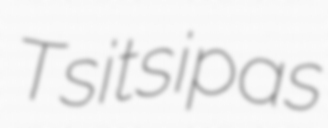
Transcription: Tsitsipas